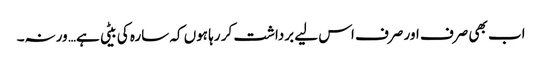
اب بھی صرف اور صرف اس لیے برداشت کر رہا ہوں کہ سارہ کی بیٹی ہے… ورنہ۔